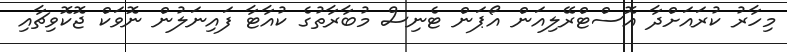
މިހާރު ކުރައަށްދާ އޮސްޓްރޭލިއަން އޯޕަން ޓެނިސް މުބާރާތުގެ ކުއާޓާ ފައިނަލުން ނޮވަކް ޖޮކޮވިޗާއި